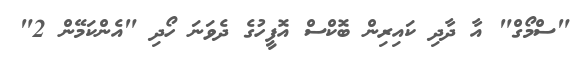
"ސްމޯގް" އާ ދާދި ކައިރިން ބޮކްސް އޮފީހުގެ ދެވަނަ ހޯދި "އެންކަމޭން 2"